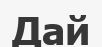
Дай